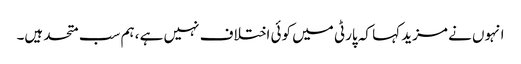
انہوں نے مزید کہا کہ پارٹی میں کوئی اختلاف نہیں ہے ،ہم سب متحد ہیں۔